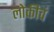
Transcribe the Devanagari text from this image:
लोकीचं